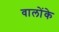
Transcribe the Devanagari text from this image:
वालोंके